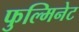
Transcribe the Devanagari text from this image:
फुल्मिनेट